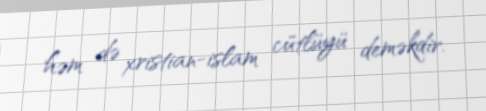
həm də xristian-islam cütlüyü deməkdir.